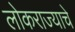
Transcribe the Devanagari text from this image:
लोकराज्याचे